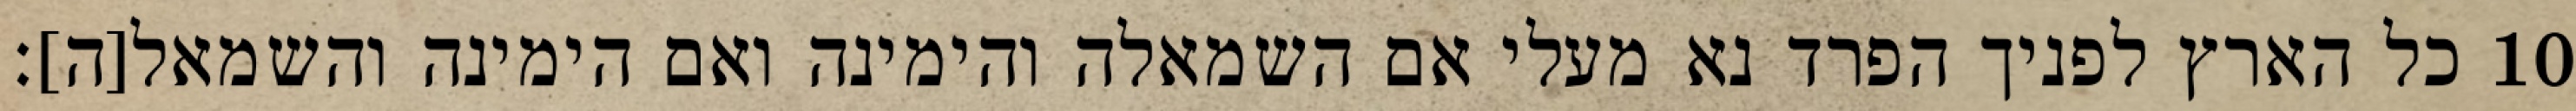
כל הארץ לפניך הפרד נא מעלי אם השמאלה והימינה ואם הימינה והשמאל[ה]׃ ‎10‏